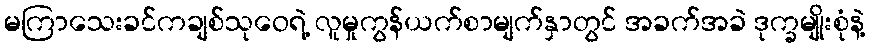
မကြာသေးခင်ကချစ်သုဝေရဲ့ လူမှုကွန်ယက်စာမျက်နှာတွင် အခက်အခဲ ဒုက္ခမျိုးစုံနဲ့